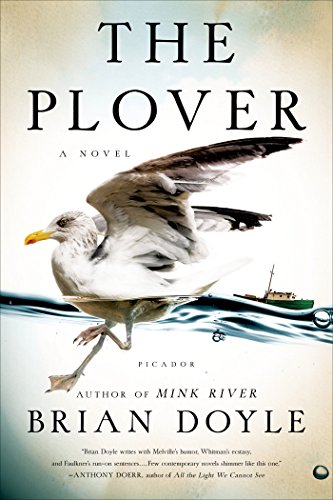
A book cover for The Plover: A Novel; Brian Doyle; Literature & Fiction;